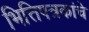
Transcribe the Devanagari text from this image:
भित्तिपत्रकांचे